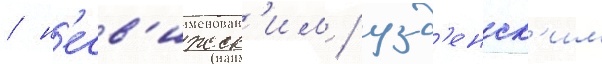
/ н'есв'ижск'им / узд'енск'им